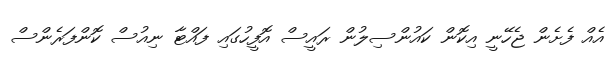
އެއް ފެށެން ޖެހޭނީ އިކޮން ކައުންސިލުން ރައީސް އޮފީހުގައި ފައްޓާ ނިއުސް ކޮންފަރެންސް